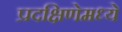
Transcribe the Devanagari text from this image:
प्रदक्षिणेमध्ये